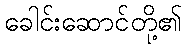
ခေါင်းဆောင်တို့၏